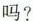
吗?